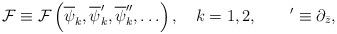
LaTeX: \begin{align*}{\cal F}\equiv {\cal F}\left(\overline\psi_k,\overline\psi_k',\overline\psi_k'',\ldots\right),\quad k=1,2,\qquad '\equiv \partial_{\bar z},\end{align*}